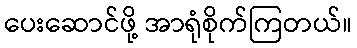
ပေးဆောင်ဖို့ အာရုံစိုက်ကြတယ်။